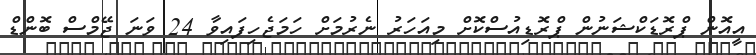
އީއޮން ޕްރޮޑަކްޝަނުން ޕްރޮޑިއުސްކޮށް މިއަހަރު ނެރުމަށް ހަމަޖެހިފައިވާ 24 ވަނަ ޖޭމްސް ބޮންޑް